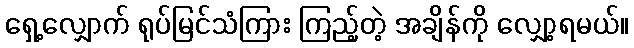
ရှေ့လျှောက် ရုပ်မြင်သံကြား ကြည့်တဲ့ အချိန်ကို လျှော့ရမယ်။